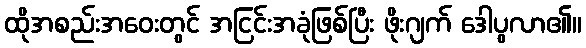
ထိုအစည်းအဝေးတွင် အငြင်းအခုံဖြစ်ပြီး ဖိုးဂျက် ဒေါပွလာ၏။